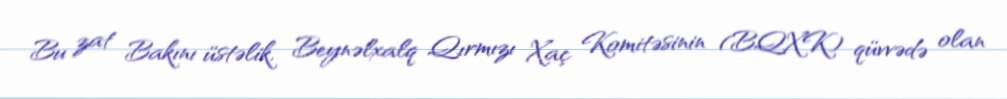
Bu zat Bakını üstəlik, Beynəlxalq Qırmızı Xaç Komitəsinin (BQXK) qüvvədə olan